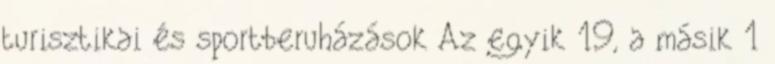
turisztikai és sportberuházások Az egyik 19, a másik 1